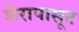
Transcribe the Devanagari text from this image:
शेरापासून